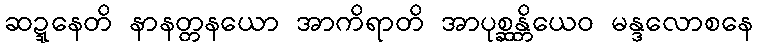
ဆဍ္ဍနေတိ နာနတ္တနယော အာကိရာတိ အာပုစ္ဆန္တိယေဝ မန္ဒလောစနေ